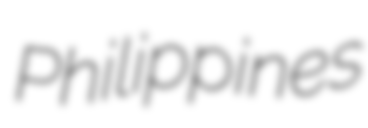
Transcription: Philippines